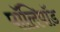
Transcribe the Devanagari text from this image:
पॉलिपॉड